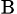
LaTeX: _\textrm{B}